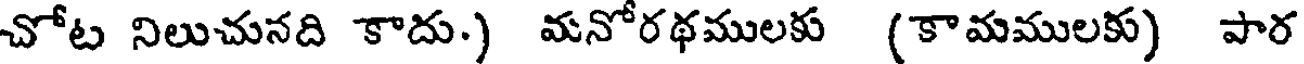
చోట నిలుచునది కాదు.) మనోరథములకు (కామములకు) పార